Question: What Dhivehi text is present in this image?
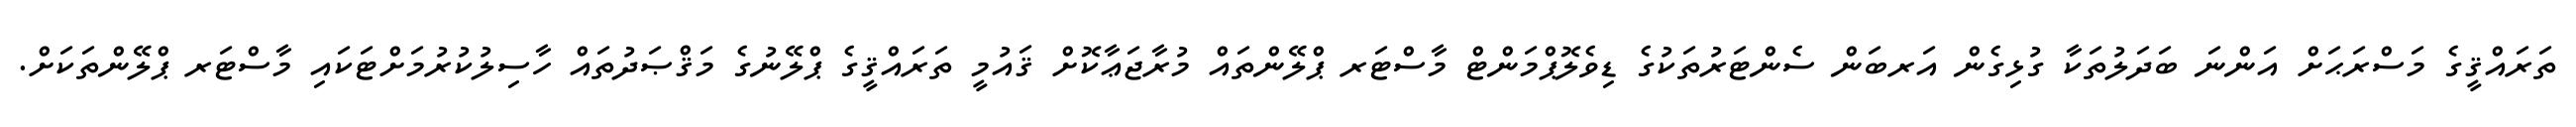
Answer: ތަރައްޤީގެ މަސްރަޙަށް އަންނަ ބަދަލުތަކާ ގުޅިގެން އަރބަން ސެންޓަރުތަކުގެ ޑިވެލޮޕްމަންޓް މާސްޓަރ ޕްލޭންތައް މުރާޖަޢާކޮށް ޤައުމީ ތަރައްޤީގެ ޕްލޭނުގެ މަޤްޞަދުތައް ހާސިލުކުރުމަށްޓަކައި މާސްޓަރ ޕްލޭންތަކަށް.